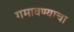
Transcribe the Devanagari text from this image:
गमावण्याचा